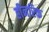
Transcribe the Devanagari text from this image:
हीनरिक